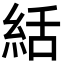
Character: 絬